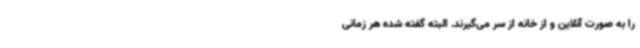
را به صورت آنلاین و از خانه از سر می‌گیرند. البته گفته شده هر زمانی